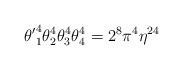
LaTeX: \begin{align*}{\theta'}_1^4 \theta_2^4 \theta_3^4 \theta_4^4 = 2^8 \pi^4 \eta^{24}\end{align*}